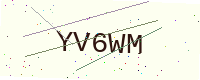
Text: YV6WM